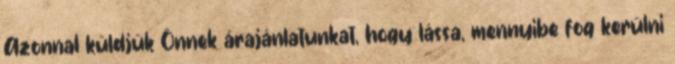
Azonnal küldjük Önnek árajánlatunkat, hogy lássa, mennyibe fog kerülni